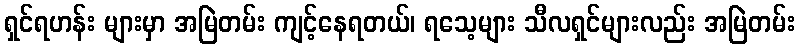
ရှင်ရဟန်း များမှာ အမြဲတမ်း ကျင့်နေရတယ်၊ ရသေ့များ သီလရှင်များလည်း အမြဲတမ်း